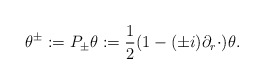
\begin{align*} \theta^\pm:=P_\pm\theta:=\frac 12(1-(\pm i)\partial_r\cdot)\theta. \end{align*}